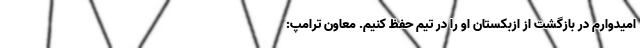
امیدوارم در بازگشت از ازبکستان او را در تیم حفظ کنیم. معاون ترامپ: